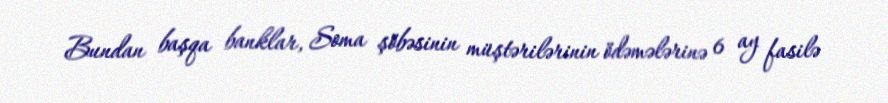
Bundan başqa banklar, Soma şöbəsinin müştərilərinin ödəmələrinə 6 ay fasilə